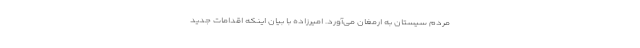
مردم سیستان به ارمغان می‌آورد. امیرزاده با بیان اینکه اقدامات جدید